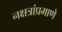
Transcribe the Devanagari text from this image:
नक्षत्रांप्रमाणे